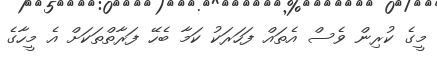
މީގެ ކުރިން ވެސް އެތައް ފަހަރަކު ކަމާ ބެހޭ ފަރާތްތަކަށް އެ މީހާގެ